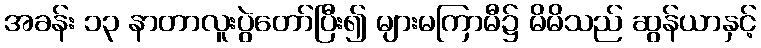
အခန်း ၁၃ နာတာလူးပွဲတော်ပြီး၍ များမကြာမီ၌ မိမိသည် ဆွန်ယာနှင့်